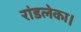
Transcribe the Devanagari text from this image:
रांडलेका।